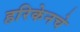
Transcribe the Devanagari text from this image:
हरिकेनचे